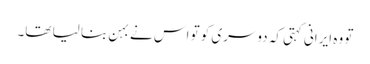
تو وہ ایرانی کہتی کہ دوسری کو تو اس نے بہن بنا لیا تھا۔